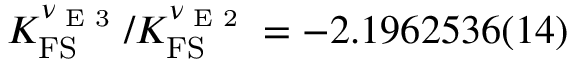
K _ { \mathrm { F S } } ^ { \nu _ { \textrm { E 3 } } } / K _ { \mathrm { F S } } ^ { \nu _ { \textrm { E 2 } } } = - 2 . 1 9 6 2 5 3 6 ( 1 4 )